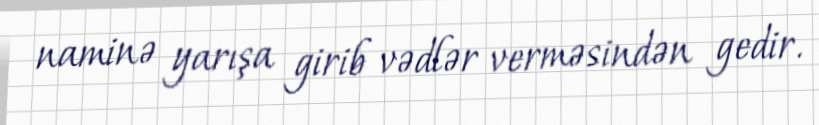
naminə yarışa girib vədlər verməsindən gedir.